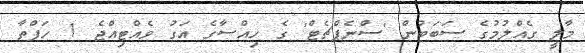
މާލީ ގެއްުލުމުގެ ސަބަބުން 'ސްނެޕްޗެޓް' ގެ ހިއްސާގެ އަގު ވެއްޓިއްޖެ 1 ހަފްތާ